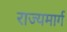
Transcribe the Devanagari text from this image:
राज्‍यमार्ग